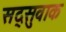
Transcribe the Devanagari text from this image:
सद्सुवाक